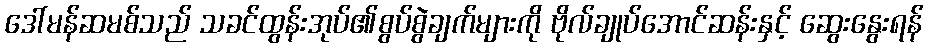
ဒေါ်မန်ဆမစ်သည် သခင်ထွန်းအုပ်၏စွပ်စွဲချက်များကို ဗိုလ်ချုပ်အောင်ဆန်းနှင့် ဆွေးနွေးရန်